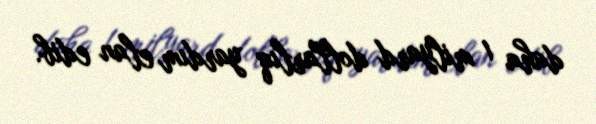
daha 1 milyard dollarlıq yardım elan edib.